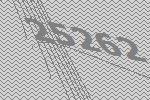
25262